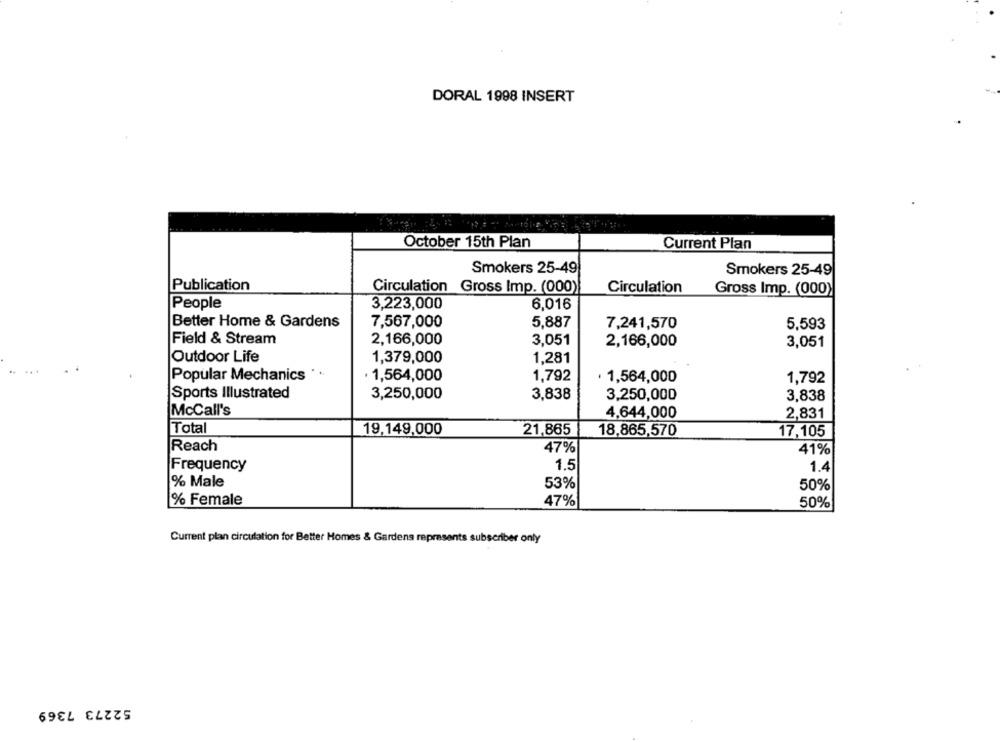
DORAL 1998 INSERT
October 15th Plan
Current Plan
Smokers 25-49
Smokers 25-49
Publication
Circulation Gross Imp. (000)
Circulation
Gross Imp. (000)
People
3,223,000
6.016
Better Home & Gardens
7,567,000
5,887
7,241,570
5,593
Field & Stream
2,166,000
3,051
2,166,000
3,051
Outdoor Life
1,379,000
1,281
.. ...
Popular Mechanics . ..
1,564,000
1,792
· 1,564,000
1,792
Sports Illustrated
3,250,000
3,838
3,250,000
3,838
McCall's
4,644,000
2,831
Total
19,149,000
21,865
18,865,570
17,105
Reach
47%
41%
Frequency
1.5
1.4
% Male
53%
50%
% Female
47%
50%
Current plan circulation for Better Homes & Gardens represents subscriber only
52273 7369